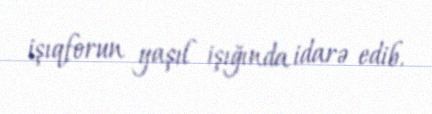
işıqforun yaşıl işığında idarə edib.